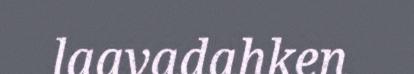
laavadahken